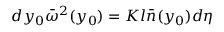
d y _ { 0 } { \bar { \omega } } ^ { 2 } ( y _ { 0 } ) = K l \bar { n } ( y _ { 0 } ) d \eta